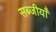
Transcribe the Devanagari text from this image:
सब्जीयाँ